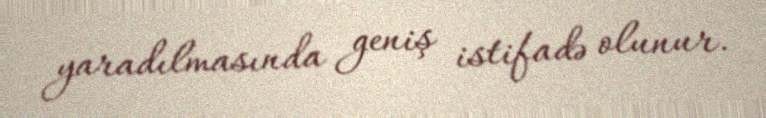
yaradılmasında geniş istifadə olunur.